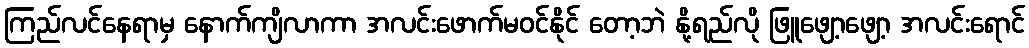
ကြည်လင်နေရာမှ နောက်ကျိလာကာ အလင်းဖောက်မဝင်နိုင် တော့ဘဲ နို့ရည်လို ဖြူဖျော့ဖျော့ အလင်းရောင်